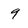
Character: q